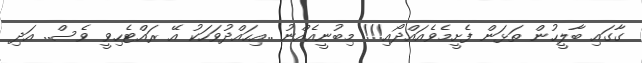
ގާގައި ބާލީހުން ތަޅަން ފެށީމެވެއައްދޯއި!!! މިބުނީއެއްނު ..އިހައްދުވަހަކު އޭ ރައްޓެހިވީ ވެސް.. އަދި